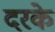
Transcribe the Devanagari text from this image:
दरके